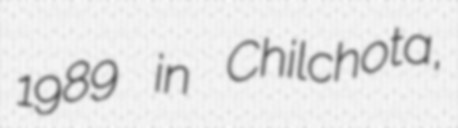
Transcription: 1989 in Chilchota,